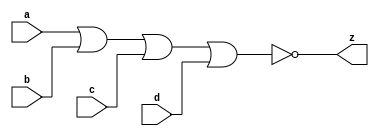
//#############################################################################
//# Function: 4 Input Nor Gate                                                #
//# Copyright: OH Project Authors. ALl rights Reserved.                       #
//# License:  MIT (see LICENSE file in OH repository)                         #
//#############################################################################

module asic_nor4 #(parameter PROP = "DEFAULT")   (
    input  a,
    input  b,
    input  c,
    input  d,
    output z
    );

   assign z = ~(a | b | c | d);

endmodule